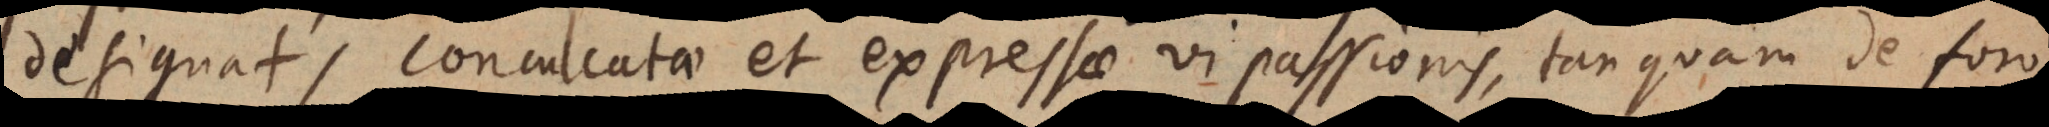
designat, conculcatae et expressae vi passionis, tanquam de foro